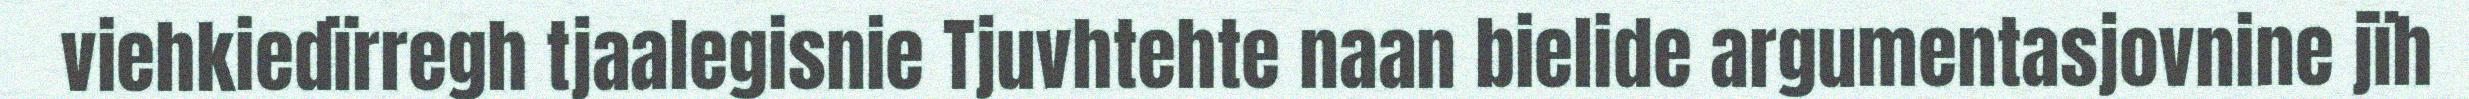
viehkiedïrregh tjaalegisnie Tjuvhtehte naan bielide argumentasjovnine jïh